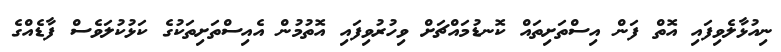
ނިއުޅާލެވިފައި އޮތް ފަން އިސްތަށިތައް ކޮނޑުމައްޗަށް ވިހުރުވިފައި އޮތުމުން އެއިސްތަށިތަކުގެ ކަޅުކުލަވެސް ފާޑެއްގެ